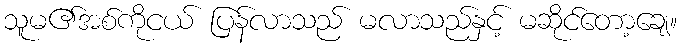
သူမ၏အစ်ကိုငယ် ပြန်လာသည် မလာသည်နှင့် မဆိုင်တော့ချေ။